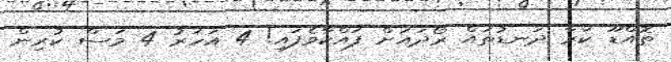
ތޮއްޑޫ ކަރާ ދަނޑުތައް ރޯދައަށް ފައްކާވެފައި! 4 އަހަރު 4 މަސް ކުރިން